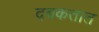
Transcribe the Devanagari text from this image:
दबकतात